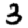
Digit: 3